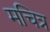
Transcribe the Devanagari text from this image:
मचित्र